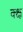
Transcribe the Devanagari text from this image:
क्क्ष